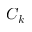
C _ { k }